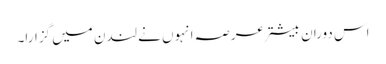
اس دوران بیشتر عرصہ انہوں نے لندن میں گزارا۔